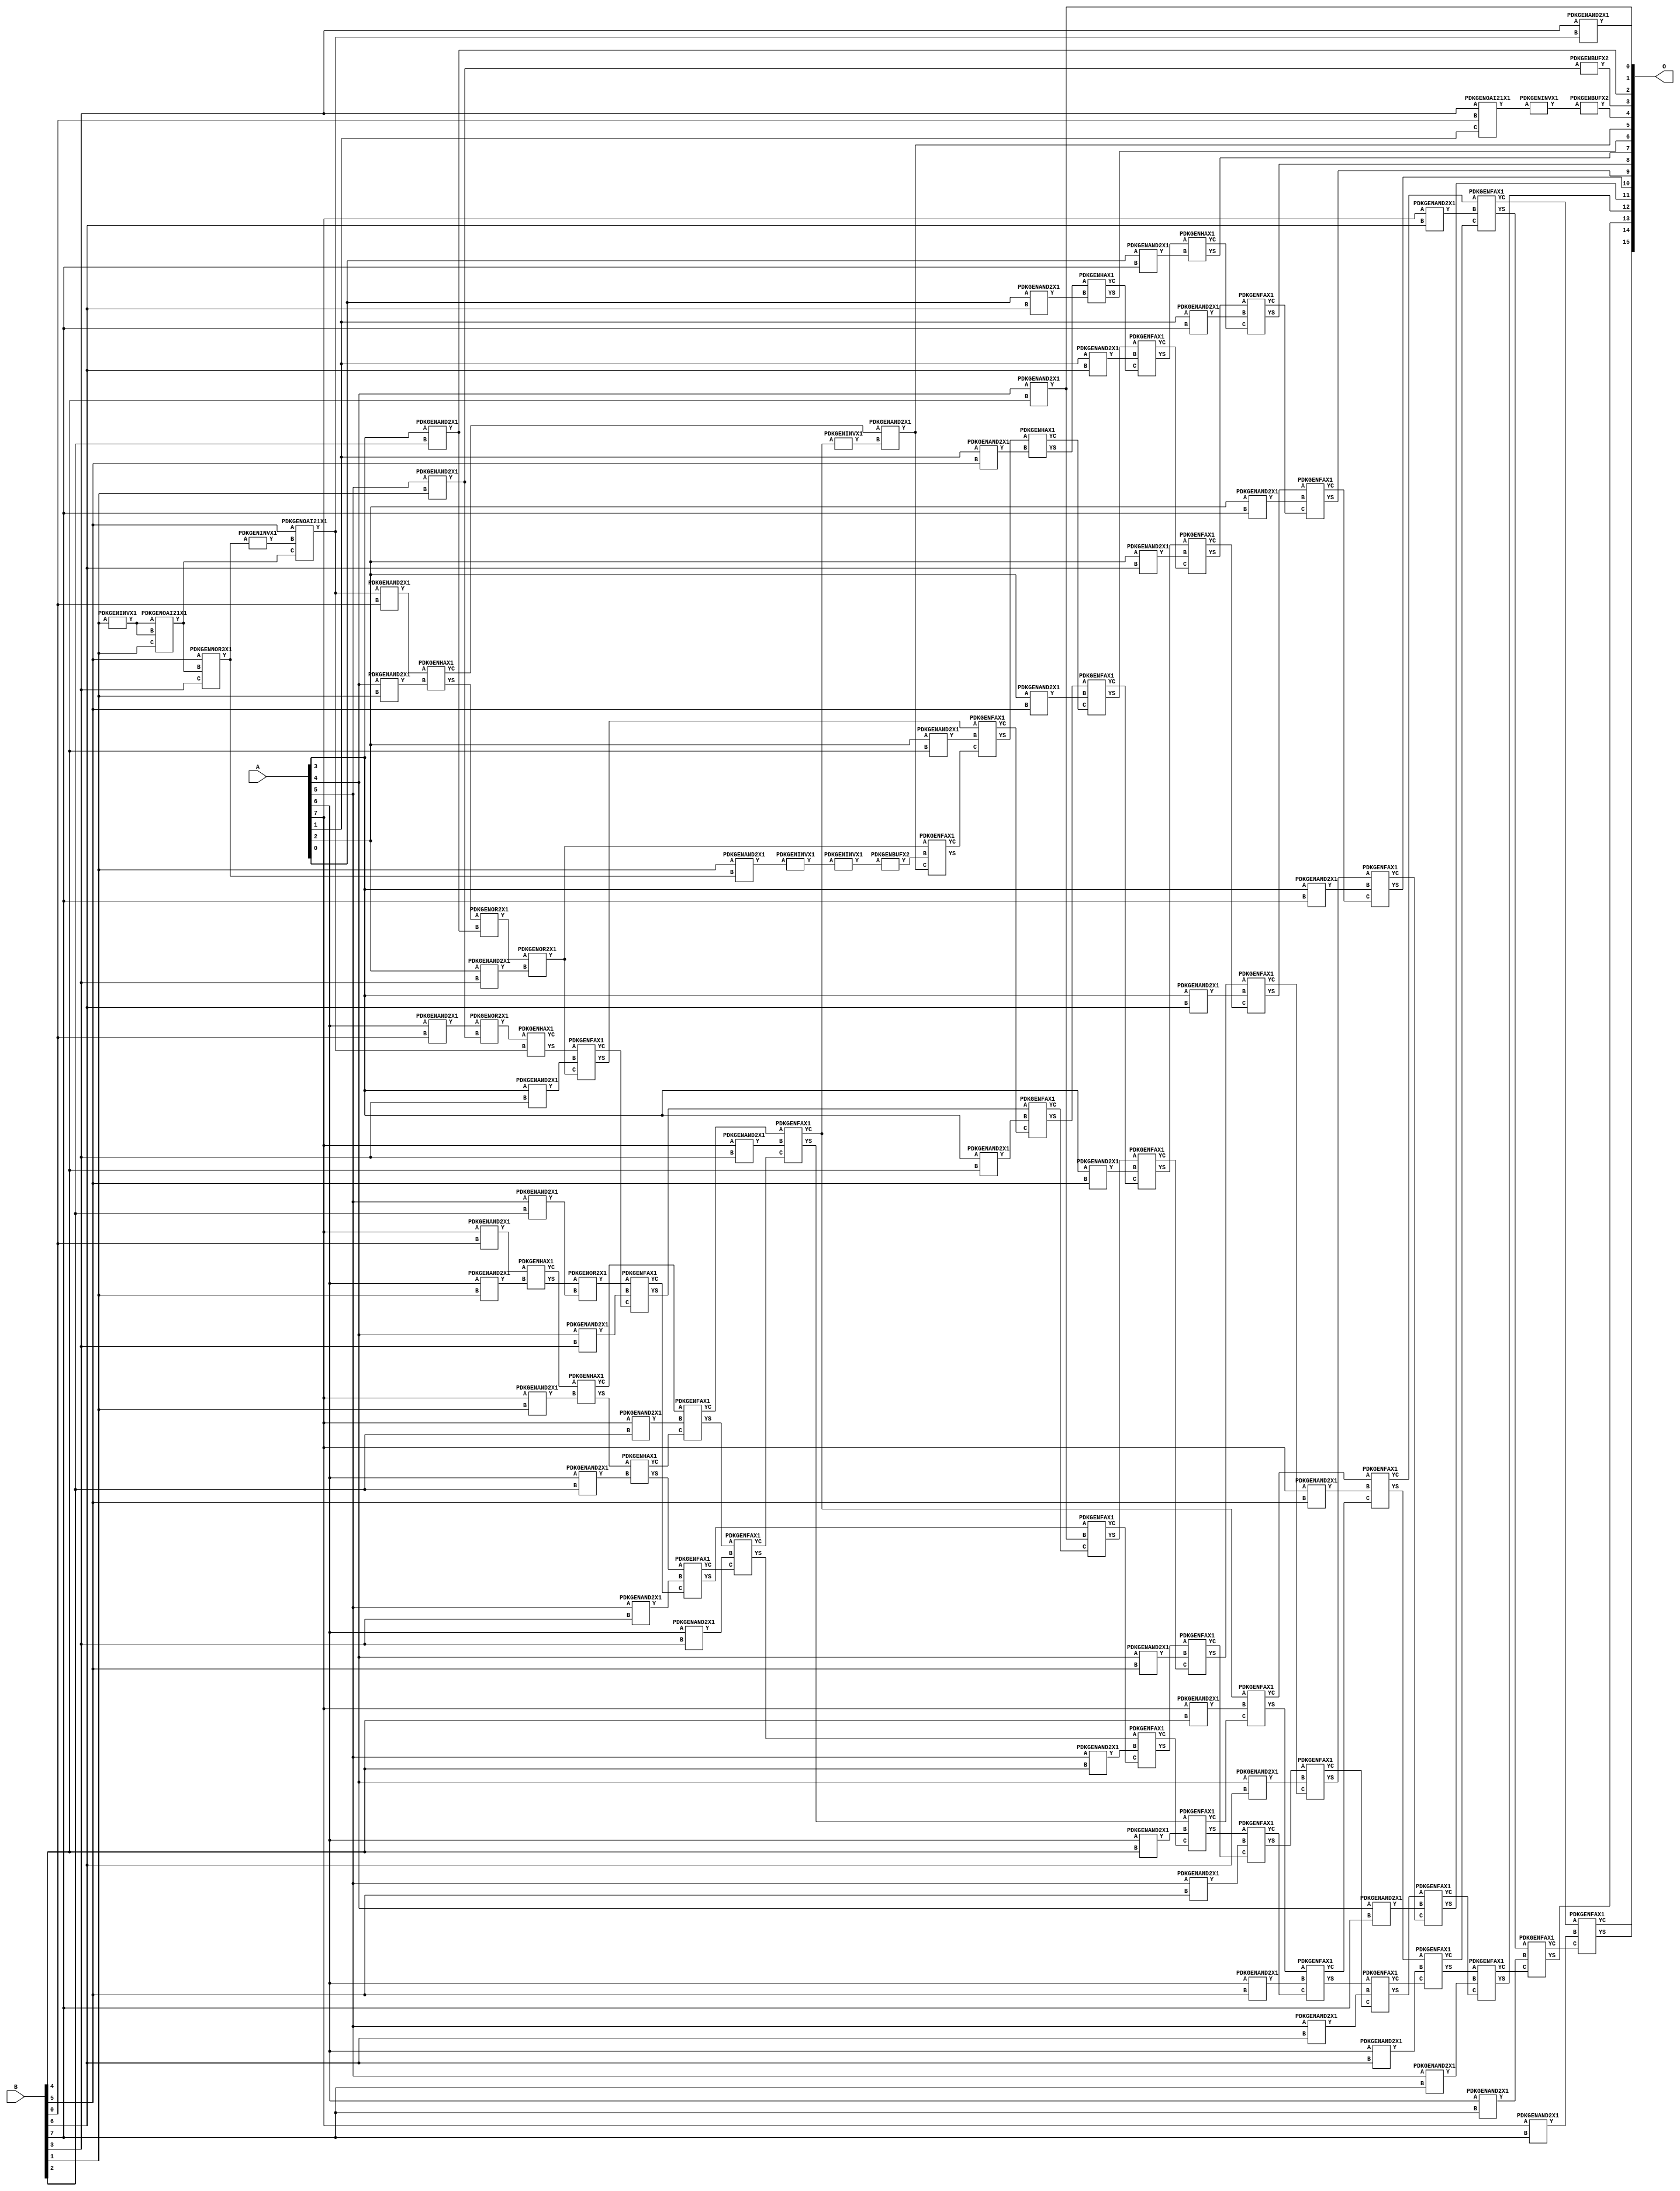
// Library = EvoApprox8b
// Circuit = mul8_468
// Area   (180) = 6597
// Delay  (180) = 5.630
// Power  (180) = 3263.90
// Area   (45) = 483
// Delay  (45) = 2.060
// Power  (45) = 284.20
// Nodes = 107
// HD = 245861
// MAE = 70.20361
// MSE = 9876.87500
// MRE = 1.95 %
// WCE = 484
// WCRE = 700 %
// EP = 94.3 %

module mul8_468(A, B, O);
  input [7:0] A;
  input [7:0] B;
  output [15:0] O;
  wire [2031:0] N;

  assign N[0] = A[0];
  assign N[1] = A[0];
  assign N[2] = A[1];
  assign N[3] = A[1];
  assign N[4] = A[2];
  assign N[5] = A[2];
  assign N[6] = A[3];
  assign N[7] = A[3];
  assign N[8] = A[4];
  assign N[9] = A[4];
  assign N[10] = A[5];
  assign N[11] = A[5];
  assign N[12] = A[6];
  assign N[13] = A[6];
  assign N[14] = A[7];
  assign N[15] = A[7];
  assign N[16] = B[0];
  assign N[17] = B[0];
  assign N[18] = B[1];
  assign N[19] = B[1];
  assign N[20] = B[2];
  assign N[21] = B[2];
  assign N[22] = B[3];
  assign N[23] = B[3];
  assign N[24] = B[4];
  assign N[25] = B[4];
  assign N[26] = B[5];
  assign N[27] = B[5];
  assign N[28] = B[6];
  assign N[29] = B[6];
  assign N[30] = B[7];
  assign N[31] = B[7];

  PDKGENINVX1 n32(.A(N[18]), .Y(N[32]));
  assign N[33] = N[32];
  PDKGENOAI21X1 n34(.A(N[33]), .B(N[32]), .C(N[18]), .Y(N[34]));
  assign N[35] = N[34];
  PDKGENNOR3X1 n38(.A(N[26]), .B(N[34]), .C(N[22]), .Y(N[38]));
  assign N[39] = N[38];
  PDKGENAND2X1 n40(.A(N[18]), .B(N[38]), .Y(N[40]));
  assign N[41] = N[40];
  PDKGENOAI21X1 n46(.A(N[22]), .B(N[16]), .C(N[2]), .Y(N[46]));
  PDKGENINVX1 n48(.A(N[46]), .Y(N[48]));
  assign N[49] = N[48];
  PDKGENINVX1 n50(.A(N[39]), .Y(N[50]));
  PDKGENINVX1 n68(.A(N[41]), .Y(N[68]));
  assign N[69] = N[68];
  PDKGENAND2X1 n82(.A(N[6]), .B(N[20]), .Y(N[82]));
  assign N[83] = N[82];
  PDKGENOAI21X1 n102(.A(N[26]), .B(N[50]), .C(N[35]), .Y(N[102]));
  assign N[103] = N[102];
  PDKGENAND2X1 n114(.A(N[103]), .B(N[16]), .Y(N[114]));
  PDKGENAND2X1 n132(.A(N[12]), .B(N[16]), .Y(N[132]));
  PDKGENAND2X1 n148(.A(N[14]), .B(N[16]), .Y(N[148]));
  PDKGENAND2X1 n182(.A(N[22]), .B(N[102]), .Y(N[182]));
  PDKGENBUFX2 n220(.A(N[49]), .Y(N[220]));
  assign N[221] = N[220];
  PDKGENAND2X1 n232(.A(N[8]), .B(N[18]), .Y(N[232]));
  PDKGENAND2X1 n248(.A(N[10]), .B(N[18]), .Y(N[248]));
  assign N[249] = N[248];
  PDKGENAND2X1 n264(.A(N[12]), .B(N[18]), .Y(N[264]));
  PDKGENAND2X1 n282(.A(N[14]), .B(N[18]), .Y(N[282]));
  PDKGENHAX1 n364(.A(N[114]), .B(N[232]), .YS(N[364]), .YC(N[365]));
  PDKGENOR2X1 n382(.A(N[132]), .B(N[248]), .Y(N[382]));
  PDKGENHAX1 n398(.A(N[148]), .B(N[264]), .YS(N[398]), .YC(N[399]));
  PDKGENHAX1 n414(.A(N[399]), .B(N[282]), .YS(N[414]), .YC(N[415]));
  PDKGENAND2X1 n514(.A(N[10]), .B(N[20]), .Y(N[514]));
  PDKGENAND2X1 n532(.A(N[12]), .B(N[20]), .Y(N[532]));
  PDKGENAND2X1 n548(.A(N[14]), .B(N[20]), .Y(N[548]));
  PDKGENOR2X1 n614(.A(N[364]), .B(N[82]), .Y(N[614]));
  PDKGENHAX1 n632(.A(N[382]), .B(N[102]), .YS(N[632]), .YC(N[633]));
  PDKGENOR2X1 n648(.A(N[398]), .B(N[514]), .Y(N[648]));
  PDKGENHAX1 n664(.A(N[414]), .B(N[532]), .YS(N[664]), .YC(N[665]));
  PDKGENFAX1 n682(.A(N[415]), .B(N[548]), .C(N[665]), .YS(N[682]), .YC(N[683]));
  PDKGENAND2X1 n732(.A(N[4]), .B(N[22]), .Y(N[732]));
  PDKGENAND2X1 n748(.A(N[6]), .B(N[22]), .Y(N[748]));
  PDKGENAND2X1 n764(.A(N[8]), .B(N[22]), .Y(N[764]));
  PDKGENAND2X1 n782(.A(N[10]), .B(N[22]), .Y(N[782]));
  PDKGENAND2X1 n798(.A(N[12]), .B(N[22]), .Y(N[798]));
  PDKGENAND2X1 n814(.A(N[14]), .B(N[22]), .Y(N[814]));
  PDKGENBUFX2 n832(.A(N[249]), .Y(N[832]));
  PDKGENINVX1 n844(.A(N[69]), .Y(N[844]));
  assign N[845] = N[844];
  PDKGENOR2X1 n864(.A(N[614]), .B(N[732]), .Y(N[864]));
  assign N[865] = N[864];
  PDKGENFAX1 n882(.A(N[632]), .B(N[748]), .C(N[865]), .YS(N[882]), .YC(N[883]));
  PDKGENFAX1 n898(.A(N[648]), .B(N[764]), .C(N[883]), .YS(N[898]), .YC(N[899]));
  PDKGENFAX1 n914(.A(N[664]), .B(N[782]), .C(N[899]), .YS(N[914]), .YC(N[915]));
  PDKGENFAX1 n932(.A(N[682]), .B(N[798]), .C(N[915]), .YS(N[932]), .YC(N[933]));
  PDKGENFAX1 n948(.A(N[683]), .B(N[814]), .C(N[933]), .YS(N[948]), .YC(N[949]));
  PDKGENINVX1 n964(.A(N[949]), .Y(N[964]));
  PDKGENBUFX2 n982(.A(N[845]), .Y(N[982]));
  PDKGENAND2X1 n998(.A(N[4]), .B(N[24]), .Y(N[998]));
  PDKGENAND2X1 n1014(.A(N[6]), .B(N[24]), .Y(N[1014]));
  PDKGENAND2X1 n1032(.A(N[8]), .B(N[24]), .Y(N[1032]));
  assign N[1033] = N[1032];
  PDKGENAND2X1 n1048(.A(N[10]), .B(N[24]), .Y(N[1048]));
  PDKGENAND2X1 n1064(.A(N[12]), .B(N[24]), .Y(N[1064]));
  PDKGENAND2X1 n1082(.A(N[14]), .B(N[24]), .Y(N[1082]));
  PDKGENAND2X1 n1098(.A(N[365]), .B(N[964]), .Y(N[1098]));
  assign N[1099] = N[1098];
  PDKGENFAX1 n1114(.A(N[864]), .B(N[982]), .C(N[1099]), .YS(N[1114]), .YC(N[1115]));
  PDKGENFAX1 n1132(.A(N[882]), .B(N[998]), .C(N[1115]), .YS(N[1132]), .YC(N[1133]));
  PDKGENFAX1 n1148(.A(N[898]), .B(N[1014]), .C(N[1133]), .YS(N[1148]), .YC(N[1149]));
  PDKGENFAX1 n1164(.A(N[914]), .B(N[1032]), .C(N[1149]), .YS(N[1164]), .YC(N[1165]));
  PDKGENFAX1 n1182(.A(N[932]), .B(N[1048]), .C(N[1165]), .YS(N[1182]), .YC(N[1183]));
  PDKGENFAX1 n1198(.A(N[948]), .B(N[1064]), .C(N[1183]), .YS(N[1198]), .YC(N[1199]));
  PDKGENFAX1 n1214(.A(N[949]), .B(N[1082]), .C(N[1199]), .YS(N[1214]), .YC(N[1215]));
  PDKGENAND2X1 n1248(.A(N[2]), .B(N[26]), .Y(N[1248]));
  PDKGENAND2X1 n1264(.A(N[4]), .B(N[26]), .Y(N[1264]));
  PDKGENAND2X1 n1282(.A(N[6]), .B(N[26]), .Y(N[1282]));
  PDKGENAND2X1 n1298(.A(N[8]), .B(N[26]), .Y(N[1298]));
  PDKGENAND2X1 n1314(.A(N[10]), .B(N[26]), .Y(N[1314]));
  PDKGENAND2X1 n1332(.A(N[12]), .B(N[26]), .Y(N[1332]));
  PDKGENAND2X1 n1348(.A(N[14]), .B(N[26]), .Y(N[1348]));
  PDKGENHAX1 n1382(.A(N[1132]), .B(N[1248]), .YS(N[1382]), .YC(N[1383]));
  PDKGENFAX1 n1398(.A(N[1148]), .B(N[1264]), .C(N[1383]), .YS(N[1398]), .YC(N[1399]));
  PDKGENFAX1 n1414(.A(N[1164]), .B(N[1282]), .C(N[1399]), .YS(N[1414]), .YC(N[1415]));
  PDKGENFAX1 n1432(.A(N[1182]), .B(N[1298]), .C(N[1415]), .YS(N[1432]), .YC(N[1433]));
  PDKGENFAX1 n1448(.A(N[1198]), .B(N[1314]), .C(N[1433]), .YS(N[1448]), .YC(N[1449]));
  PDKGENFAX1 n1464(.A(N[1214]), .B(N[1332]), .C(N[1449]), .YS(N[1464]), .YC(N[1465]));
  PDKGENFAX1 n1482(.A(N[1215]), .B(N[1348]), .C(N[1465]), .YS(N[1482]), .YC(N[1483]));
  PDKGENAND2X1 n1498(.A(N[0]), .B(N[28]), .Y(N[1498]));
  PDKGENAND2X1 n1514(.A(N[2]), .B(N[28]), .Y(N[1514]));
  PDKGENAND2X1 n1532(.A(N[4]), .B(N[28]), .Y(N[1532]));
  PDKGENAND2X1 n1548(.A(N[6]), .B(N[28]), .Y(N[1548]));
  PDKGENAND2X1 n1564(.A(N[8]), .B(N[28]), .Y(N[1564]));
  PDKGENAND2X1 n1582(.A(N[10]), .B(N[28]), .Y(N[1582]));
  PDKGENAND2X1 n1598(.A(N[12]), .B(N[28]), .Y(N[1598]));
  PDKGENAND2X1 n1614(.A(N[14]), .B(N[28]), .Y(N[1614]));
  PDKGENHAX1 n1632(.A(N[1382]), .B(N[1498]), .YS(N[1632]), .YC(N[1633]));
  PDKGENFAX1 n1648(.A(N[1398]), .B(N[1514]), .C(N[1633]), .YS(N[1648]), .YC(N[1649]));
  PDKGENFAX1 n1664(.A(N[1414]), .B(N[1532]), .C(N[1649]), .YS(N[1664]), .YC(N[1665]));
  PDKGENFAX1 n1682(.A(N[1432]), .B(N[1548]), .C(N[1665]), .YS(N[1682]), .YC(N[1683]));
  PDKGENFAX1 n1698(.A(N[1448]), .B(N[1564]), .C(N[1683]), .YS(N[1698]), .YC(N[1699]));
  PDKGENFAX1 n1714(.A(N[1464]), .B(N[1582]), .C(N[1699]), .YS(N[1714]), .YC(N[1715]));
  PDKGENFAX1 n1732(.A(N[1482]), .B(N[1598]), .C(N[1715]), .YS(N[1732]), .YC(N[1733]));
  PDKGENFAX1 n1748(.A(N[1483]), .B(N[1614]), .C(N[1733]), .YS(N[1748]), .YC(N[1749]));
  PDKGENAND2X1 n1764(.A(N[0]), .B(N[30]), .Y(N[1764]));
  PDKGENAND2X1 n1782(.A(N[2]), .B(N[30]), .Y(N[1782]));
  PDKGENAND2X1 n1798(.A(N[4]), .B(N[30]), .Y(N[1798]));
  PDKGENAND2X1 n1814(.A(N[6]), .B(N[30]), .Y(N[1814]));
  PDKGENAND2X1 n1832(.A(N[8]), .B(N[30]), .Y(N[1832]));
  PDKGENAND2X1 n1848(.A(N[10]), .B(N[30]), .Y(N[1848]));
  PDKGENAND2X1 n1864(.A(N[12]), .B(N[30]), .Y(N[1864]));
  PDKGENAND2X1 n1882(.A(N[14]), .B(N[30]), .Y(N[1882]));
  PDKGENHAX1 n1898(.A(N[1648]), .B(N[1764]), .YS(N[1898]), .YC(N[1899]));
  PDKGENFAX1 n1914(.A(N[1664]), .B(N[1782]), .C(N[1899]), .YS(N[1914]), .YC(N[1915]));
  PDKGENFAX1 n1932(.A(N[1682]), .B(N[1798]), .C(N[1915]), .YS(N[1932]), .YC(N[1933]));
  PDKGENFAX1 n1948(.A(N[1698]), .B(N[1814]), .C(N[1933]), .YS(N[1948]), .YC(N[1949]));
  PDKGENFAX1 n1964(.A(N[1714]), .B(N[1832]), .C(N[1949]), .YS(N[1964]), .YC(N[1965]));
  PDKGENFAX1 n1982(.A(N[1732]), .B(N[1848]), .C(N[1965]), .YS(N[1982]), .YC(N[1983]));
  PDKGENFAX1 n1998(.A(N[1748]), .B(N[1864]), .C(N[1983]), .YS(N[1998]), .YC(N[1999]));
  PDKGENFAX1 n2014(.A(N[1749]), .B(N[1882]), .C(N[1999]), .YS(N[2014]), .YC(N[2015]));

  assign O[0] = N[1033];
  assign O[1] = N[182];
  assign O[2] = N[83];
  assign O[3] = N[832];
  assign O[4] = N[221];
  assign O[5] = N[1098];
  assign O[6] = N[1632];
  assign O[7] = N[1898];
  assign O[8] = N[1914];
  assign O[9] = N[1932];
  assign O[10] = N[1948];
  assign O[11] = N[1964];
  assign O[12] = N[1982];
  assign O[13] = N[1998];
  assign O[14] = N[2014];
  assign O[15] = N[2015];

endmodule
/* mod */
module PDKGENOAI21X1( input A, input B, input C, output Y );
    assign Y = ~((A | B) & C);
endmodule
/* mod */
module PDKGENHAX1( input A, input B, output YS, output YC );
    assign YS = A ^ B;
    assign YC = A & B;
endmodule
/* mod */
module PDKGENNOR3X1(input A, input B, input C, output Y );
     assign Y = ~((A | B) | C);
endmodule
/* mod */
module PDKGENAND2X1(input A, input B, output Y );
     assign Y = A & B;
endmodule
/* mod */
module PDKGENFAX1( input A, input B, input C, output YS, output YC );
    assign YS = (A ^ B) ^ C;
    assign YC = (A & B) | (B & C) | (A & C);
endmodule
/* mod */
module PDKGENBUFX2(input A, output Y );
     assign Y = A;
endmodule
/* mod */
module PDKGENOR2X1(input A, input B, output Y );
     assign Y = A | B;
endmodule
/* mod */
module PDKGENINVX1(input A, output Y );
     assign Y = ~A;
endmodule